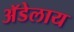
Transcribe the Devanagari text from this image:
अॅडेलाय